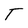
Character: T